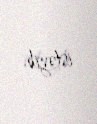
istəyib.